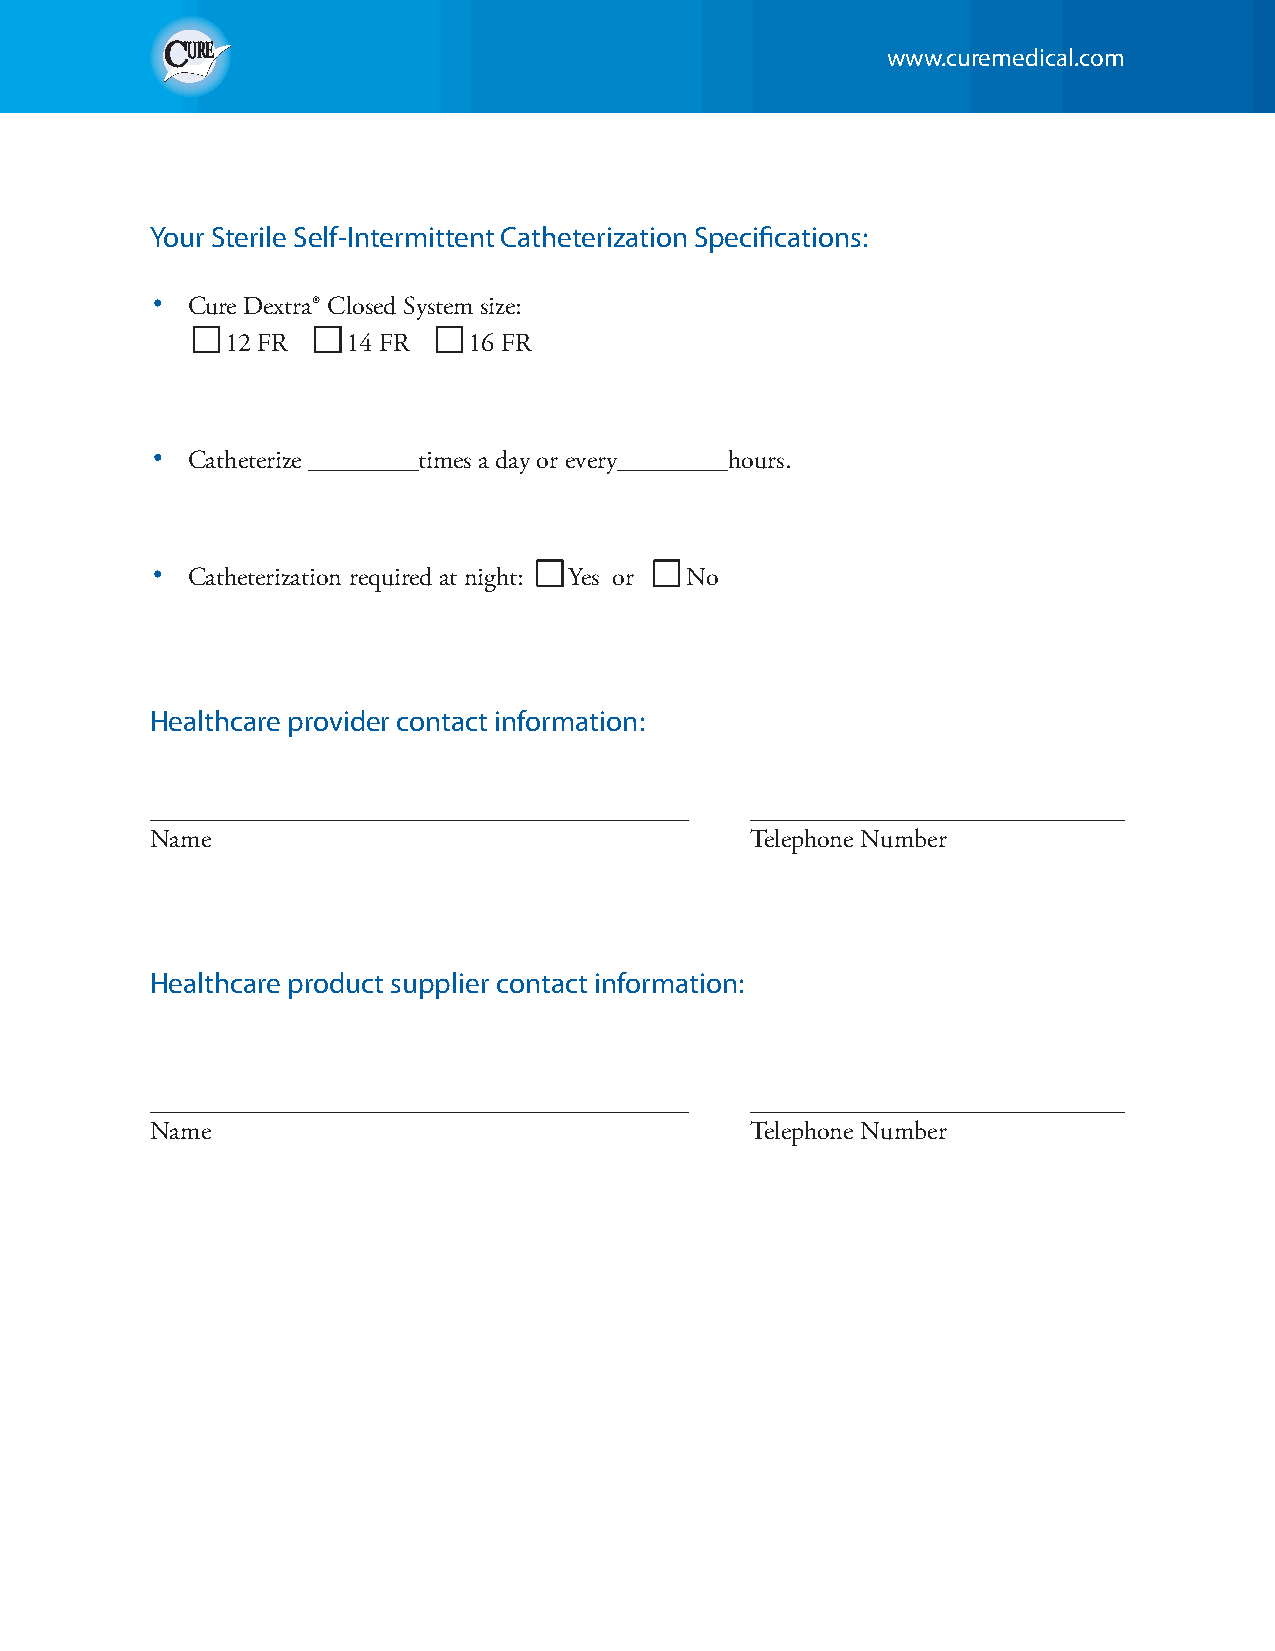
www.curemedical.com
 Your Sterile Self-Intermittent Catheterization Specifications:
 ·
 Cure Dextra® Closed System size:
 nn      nn      nn
 12 FR   14 FR   16 FR
 ·
 Catheterize _________times a day or every_________hours.
 ·
 nn     nn
 Catheterization required at night: Yes or No
 Healthcare provider contact information:
 ____________________________________________ _______________________________
 Name                                    Telephone Number
 Healthcare product supplier contact information:
 ____________________________________________ _______________________________
 Name                                    Telephone Number